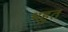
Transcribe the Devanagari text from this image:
भहुत